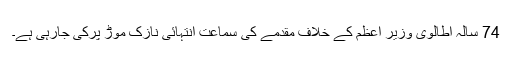
74 سالہ اطالوی وزیر اعظم کے خلاف مقدمے کی سماعت انتہائی نازک موڑ پرکی جارہی ہے۔